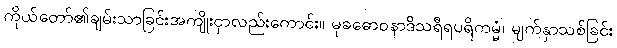
ကိုယ်တော်၏ချမ်းသာခြင်းအကျိုးငှာလည်းကောင်း။ မုခဓောဝနာဒိသရီရပရိကမ္မံ၊ မျက်နှာသစ်ခြင်း